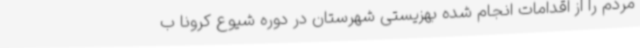
مردم را از اقدامات انجام شده بهزیستی شهرستان در دوره شیوع کرونا ب